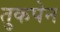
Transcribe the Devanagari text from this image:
तुकपेन